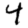
Digit: 4